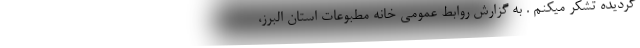
گردیده تشکر میکنم . به گزارش روابط عمومی خانه مطبوعات استان البرز،